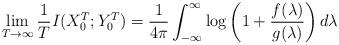
LaTeX: \begin{align*} \lim_{T \to \infty} \frac{1}{T} I(X_0^T; Y_0^T) = \frac{1}{4 \pi} \int_{-\infty}^{\infty} \log \left(1+\frac{f(\lambda)}{g(\lambda)}\right) d\lambda\end{align*}